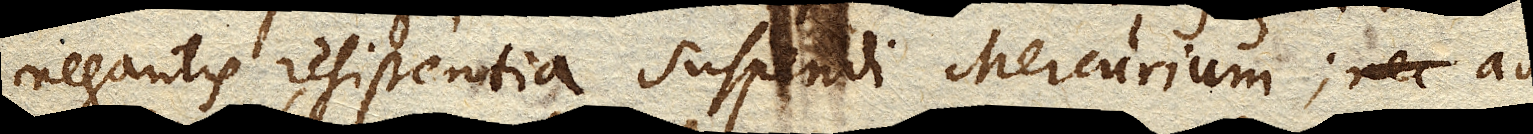
negantis resistentia suspendi Mercurium; nec ad